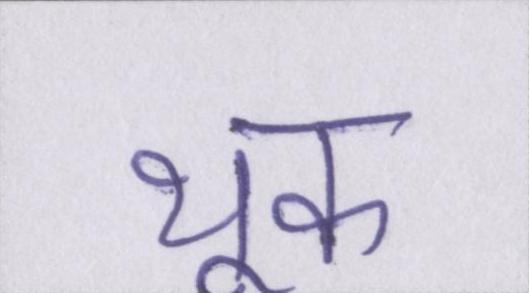
थूक